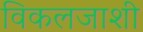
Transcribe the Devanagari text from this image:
विकलजाशी